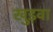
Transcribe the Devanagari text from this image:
खुड़वा